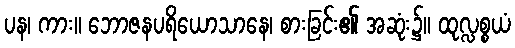
ပန၊ ကား။ ဘောဇနပရိယောသာနေ၊ စားခြင်း၏ အဆုံး၌။ ထုလ္လစ္စယံ